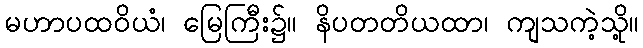
မဟာပထဝိယံ၊ မြေကြီး၌။ နိပတတိယထာ၊ ကျသကဲ့သို့။